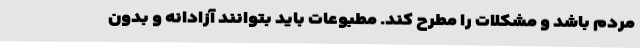
مردم باشد و مشکلات را مطرح کند. مطبوعات باید بتوانند آزادانه و بدون